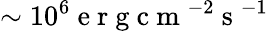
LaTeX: \sim 10^{6}\mathrm{~e~r~g~c~m~}^{-2}\mathrm{~s~}^{-1}